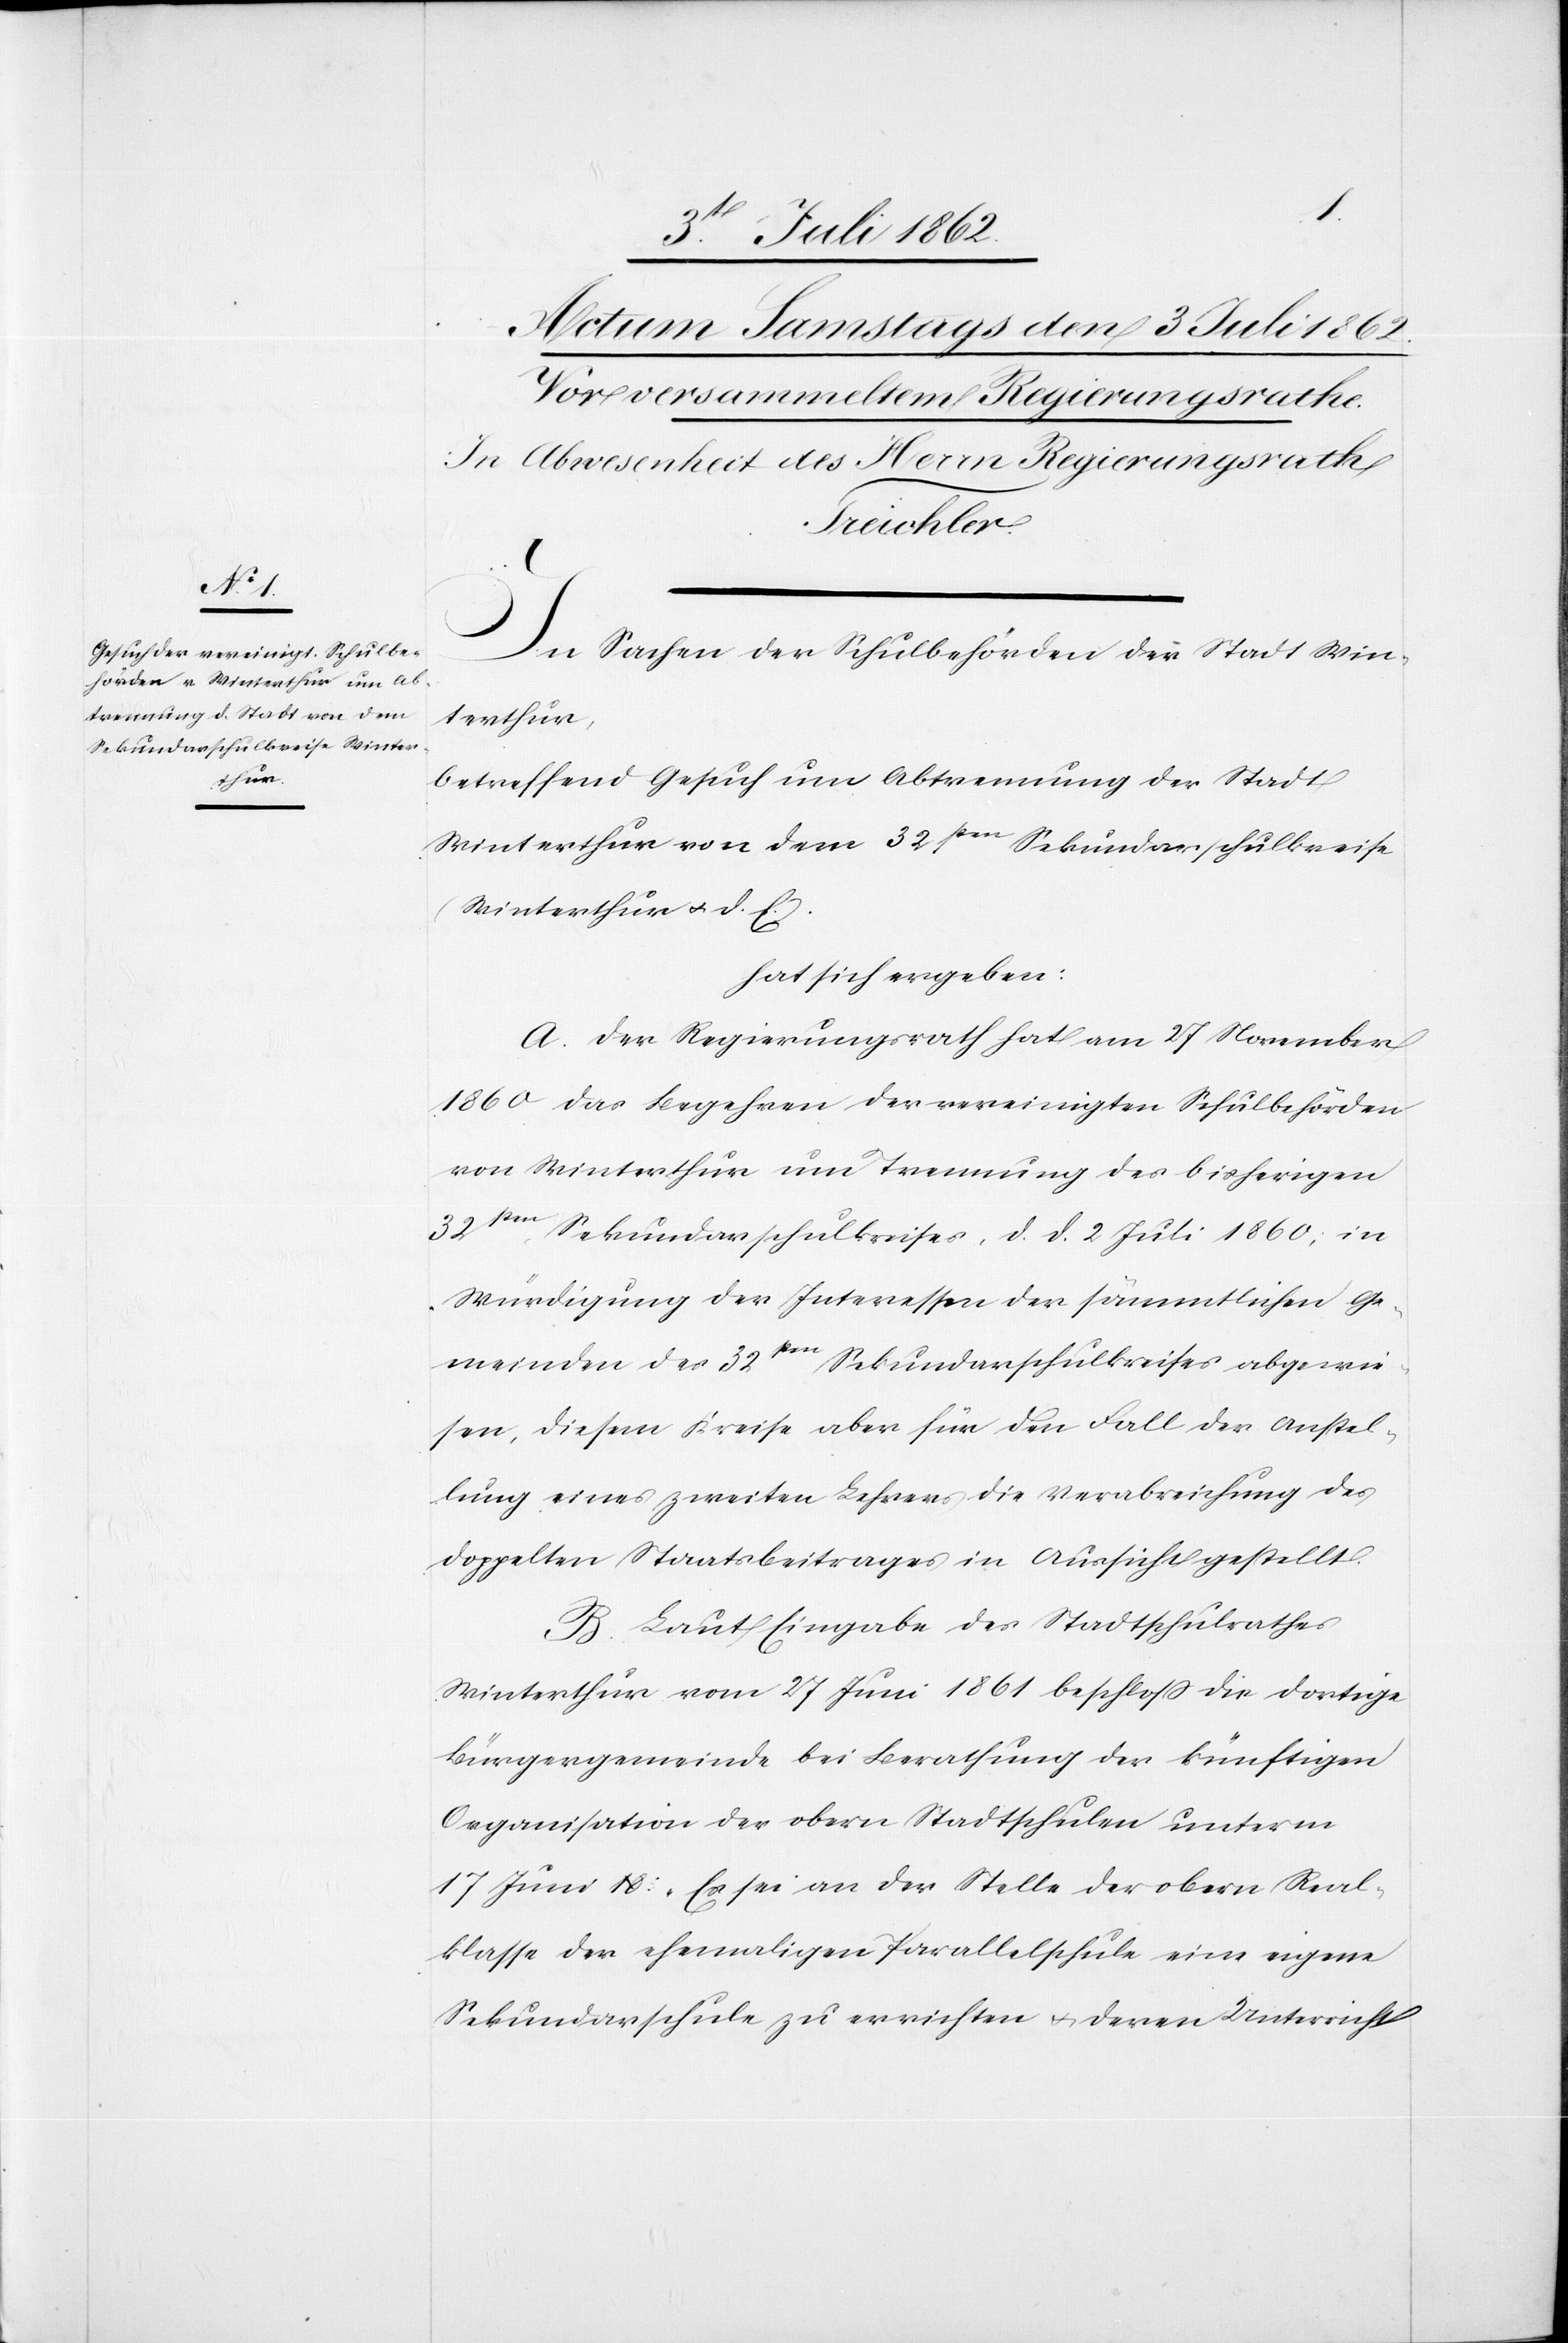
In Sachen der Schulbehörden der Stadt Win¬
terthur,
betreffend Gesuch um Abtrennung der Stadt
Winterthur von dem 32sten Sekundarschulkreise
(Winterthur u. d. E.)
hat sich ergeben:
A. Der Regierungsrath hat am 27 November
1860 das Begehren der vereinigten Schulbehörden
von Winterthur um Trennung des bisherigen
32sten Sekundarschulkreises, d. d. 2 Juli 1860; in
Würdigung der Interessen der sämmtlichen Ge¬
meinden des 32sten Sekundarschulkreises abgewie¬
sen, diesem Kreise aber für den Fall der Anstel¬
lung eines zweiten Lehrers die Verabreichung des
doppelten Staatsbeitrages in Aussicht gestellt.
B. Laut Eingabe des Stadtschulrathes
Winterthur vom 27 Juni 1861 beschloß die dortige
Bürgergemeinde bei Berathung der künftigen
Organisation der obern Stadtschulen unterm
17 Juni: „Es sei an der Stelle der obern Real¬
klasse der ehemaligen Parallelschule eine eigene
Sekundarschule zu errichten u. deren Unterricht